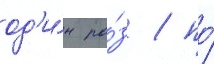
од'и́н ра́з / по́